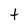
Character: t